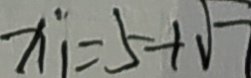
x _ { 1 } = 5 + \sqrt { 7 }